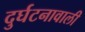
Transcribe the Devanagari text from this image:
दुर्घटनावाली